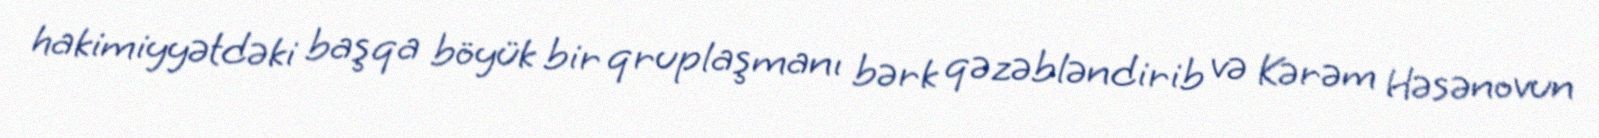
hakimiyyətdəki başqa böyük bir qruplaşmanı bərk qəzəbləndirib və Kərəm Həsənovun